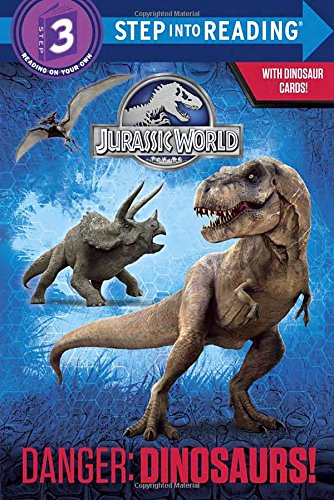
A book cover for Danger: Dinosaurs! (Jurassic World) (Step into Reading); Courtney Carbone; Children's Books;